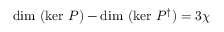
\mathrm { d i m ~ } ( \mathrm { k e r ~ } P ) - \mathrm { d i m ~ } ( \mathrm { k e r ~ } P ^ { \dag } ) = 3 \chi